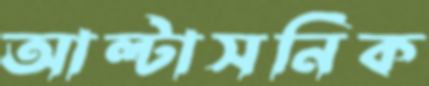
আল্টাসনিক